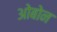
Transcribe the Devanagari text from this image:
ओबोन